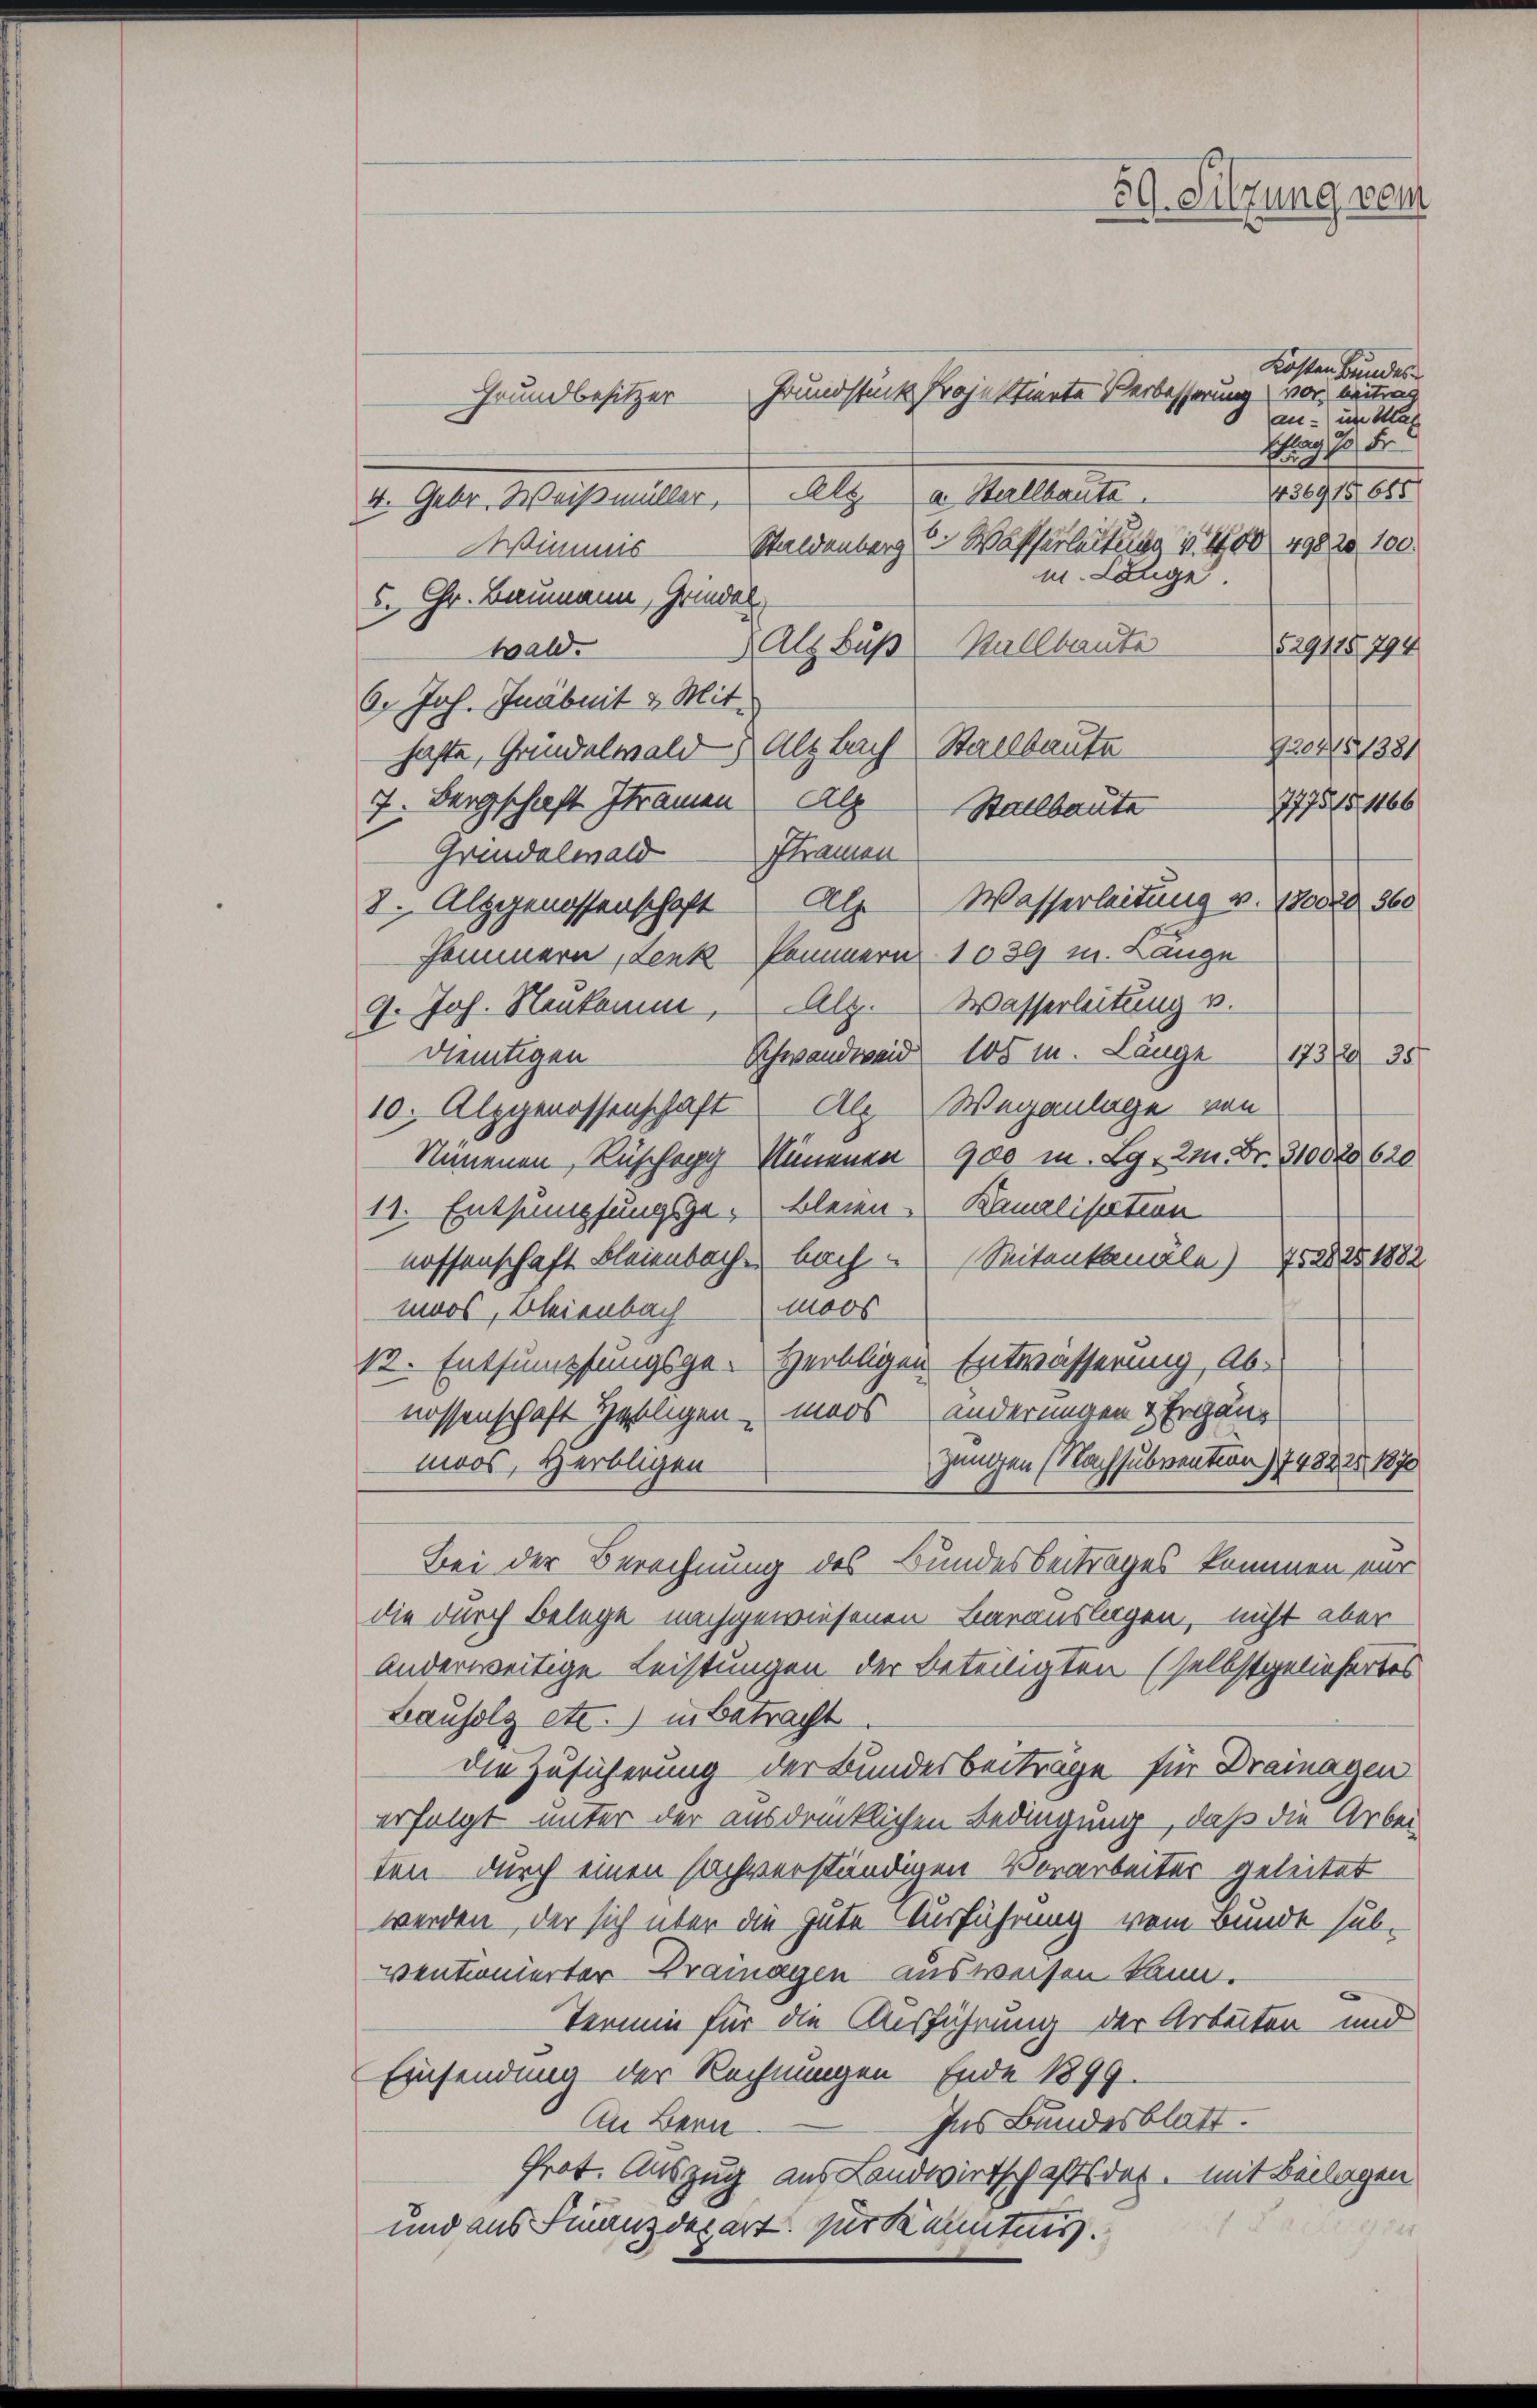
Grundstück Projektinete Verbesserung vor, beitrag
Grundbesitzer
2. Gebr. Messeiter, u. Aug. a. Melliert
Staldenberg  Wafferleitung v. 100 498 20 100.
Wimus
m. Länge
5. Chr. Baumann, Grindel
 Alz Buß- Stallbaute
wald.
6. Joh. Gnabuit & Mithafte, Gründelwald. Als Bach Stallbaute
7. Bergschaft Ihramen Alp
777515, 1166
Grindelwald Stramen
8. Altgenossenschaft Alp Wasserleitung v. 170028 560
Fommern, Lenk kommern 1039 m. Länge
9. Joh. Neukam, Alz. Wasserleitung v.
Schwandweid 105 m. Länge 173235
dleutigen
10. Alpgenossenschaft Als Weganlage von
Nämenen, Rüschegg sinenen 900 m. Lg, 2 Fr. 310020620
11. Entsumpfungsze. Bleien Kanalisation
nossenschaft Bleienbache bach Seitenkanale) 752825 1882
moos, Bleienbach Moos
12. Entsumpfungsge- Herbligen Entwässerung, Abs
nossenschaft Helligen mars änderungen & Ergänz
jungen (Nachsubvention 1748225, 1870
moos, Herbligen
Bei der Berechnung des Bundesbeitrages kommen mir
die durch Belege nachgewiesenen Barauslagen, nicht aber
anderweitige Leistungen der Beteiligten (selbstgeliefertes
Lauholz etc.) in Betracht
die Zusicherung der Bundesbeiträge für Drainagen
erfolgt unter der ausdrücklichen Bedingung, daß die Arbeiten durch einen sachverständigen Vorarbeiter geleitet
werden, der sich über die gute Ausführung vom Bunde sub-
ventionierter Dramagen ausweisen kann.
.
Termin für die Ausführung der Arbeiten und
Einsendung der Rechnungen Ende 1899.
An Bern Ins Bundesblatt.
Prot. Auszug aus Landwirtschaftsdes, mit Beilagen
und aus Finanzdepart. Zur Kenntnis.
is Dringun

Stallbaute

59. Silzung vom

an:) im Mas
S 1905.

Kosten Bundes

1436918, 655

529118794

Profess